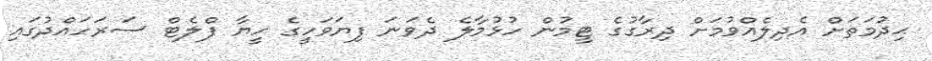
ޙިދުމަތަށް އެދިލެއްވުމަށް ދިރާގުގެ ޓީމުން ހުޅުމާލެ ދެވަނަ ފިޔަވަހީގެ ހީޔާ ފްލެޓް ސަރަހައްދުގައި